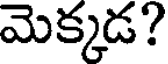
మెక్కడ?